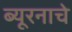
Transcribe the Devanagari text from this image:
ब्यूरनाचे